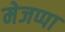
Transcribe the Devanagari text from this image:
मेजप्पा